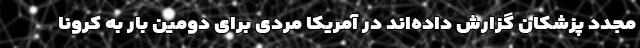
مجدد پزشکان گزارش داده‌اند در آمریکا مردی برای دومین بار به کرونا